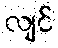
လျင်